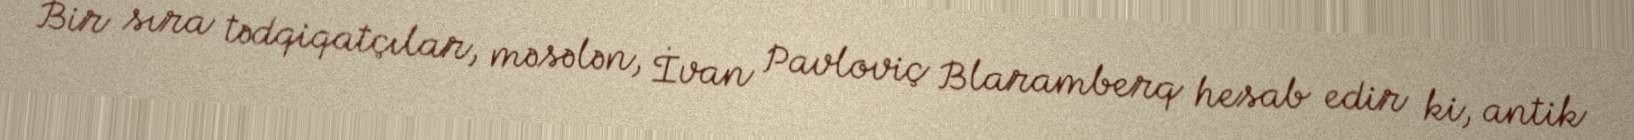
Bir sıra tədqiqatçılar, məsələn, İvan Pavloviç Blaramberq hesab edir ki, antik